Vital statistics of India. Vol. IV, Annual returns from 1871 to 1876. British Army of India, Native Army and jails of Bengal
Year: 1871
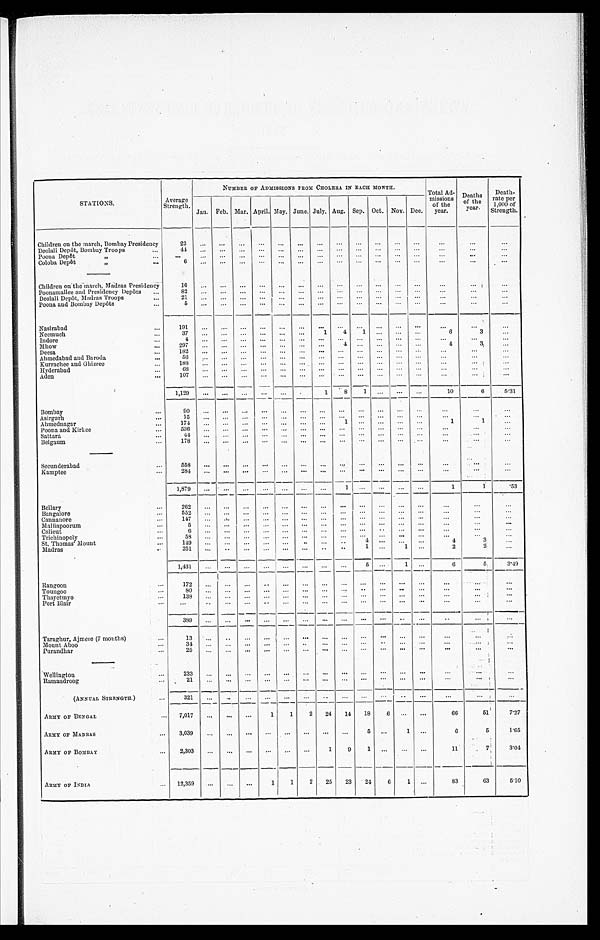
STATIONS.
Average
Strength.
NUMBER OF ADMISSIONS FROM CHOLERA IN EACH MONTH.
Total Ad-
missions
of the
year.
Deaths
of the
year.
Death-
rate per
1,000 of
Strength.
Jan. Feb. Mar. April. May. June. July. Aug. Sep. Oct. Nov. Dec.
Children on the march, Bombay Presidency
22
...
... ...
... ... ... ... ... ... ... ... ...
...
...
...
Deolali Depôt, Bombay Troops
...
4 ... ... ... ...
... ... ... ... ... ... ... ...
...
...
...
Poona Depôt
"
...
...
... ... ... ... ... ... ... ... ... ...
... ...
...
...
...
Coloba Depôt "
...
6 ... ... ... ...
... ... ... ... ... ... ... ... ...
...
...
—
Children on the march, Madras Presidency
16 ... ... ... ... ... ... ... ... ... ... ... ...
...
...
...
Poonamallee and Presidency Depôts ...
82 ... ... ... ...
... ... ...
... ... ... ... ...
...
...
...
Deolali Depôt, Madras Troops
...
21 ... ... ... ...
... ... ... ... ... ... ... ... ...
...
...
Poona and Bombay Depôts
...
5 ... ... ... ... ... ... ... ... ... ... ...
...
... ...
...
Nasirabad
...
191
. . . ... ... ...
... ... ... ... ...
... ... ...
...
...
...
Neemuch
...
37 ...
... ... ... ... ...
1 4
1 ... ... ...
6
3 ...
Indore
... 4
... ... ... ...
...
... ... ...
... ... ... ...
... ...
...
Mhow
...
297 ... ... ... ...
... ... ...
4 ... ... ... ...
4
3
...
Deesa
...
182 ... ... ... ...
... ... ... ... ... ... ... ...
...
...
...
Ahmedabad and Baroda
...
56 ...
... ...
... ... ... ... ... ... ... ... ... ...
...
...
Kurrachee and Ghizree
... 188
... ... ... ...
... ... ... ...
... ... ... ...
... ...
...
Hyderabad
... 68
... ...
... ... ...
... ... ... ... ... ... ...
...
...
...
Aden
...
107 ... ...
... ... ...
... ...
...
... ... ... ... ...
...
...
1,129 ... ... ... ...
... ...
1
8
1 ...
... ...
10
6
5..31
Bombay
...
90
... ... ... ...
... ... ... ... ... ...
... ...
...
...
...
Asirgarh
... 15 ... ... ... ...
... ... ...
... ... ... ... ... ...
...
...
Ahmednagar
...
174 ... ... ... ...
... ... ...
1 ... ... ... ...
1
1
...
Poona and Kirkee
...
536 ...
... ... ... ...
... ... ... ...
... ... ...
...
...
...
Sattara
...
41 ... ... ... ... ... ... ... ... ... ... ..... ...
... ...
...
Belgaum
...
178 ... ... ... ... ... .... ... ... ... .-... ... . ...
...
...
...
...
... ... ... ...
... ... ... ... ... ... ... ... ...
...
...
Secunderabad
...
558 ... ... ... ...
... ... ... ... ... ... ...
...
... ...
...
Kamptee
...
284
...
. . .
. . .
...
. . .
......
...
. . .
. . . ...
...
. . .
...
1,879
. . .
. . .
. . .
...
. . . . . . ...
1
. . .
...
. . .
1
1
.53
Bellary
. . .
262
...
. . .
. . . .
...
. . .
. . ....
. . . . . .
. . . ...
. . .
. . .
. . .
. . . .
Bangalore
...
552
...
. . .
. . .
. . . ... ...
. . . ... . . . .
. . . ... ...
...
...
. . .
Cannanore
...
147 ...
. . .
. . .
. . . ... ...
. . . ... ... ... ... ...
...
. . . .
. . .
Malliapoorum
...
5
...
. . .
. . .
...
. . . ......
...
. . .
. . . ...
. . .
...
. . .
. . .
Calicut
..
6
...
. . .
. . .
...
. . . ......
...
. . .
. . . ...
. . .
...
...
...
Trichinopoly
...
53
...
. . .
. . .
...
. . . ......
...
. . . ...
... ...
...
. . .
...
St. Thomas' Mount
...
149
...
. . .
. . .
...
. . . .... ...
...
4 ... ... ....
4
3
...
Madras
...
251 ... ... ... ...
... ... ...
...
1 ...
1 ...
2
2
...
...
1,431
... ... ...
... ... ... ... ... 5 ...
1 ...
6
5
3.49
Rangoon
...
172
... ... ... ...
... ... ... ...
. . . ... ...
...
...
...
Toungoo
... 80
... ... ... ...
... ... ... ... ... ... ... ... ...
...
...
Thayetmyo
...
138 ...
... ... ...
. . . . ... ... ... ... ... ... ...
...
...
...
Port Blair
...
...
... ... ....
... ... ... ... ... ... ... ...
...
... ...
...
389 ... ... ... ...
... ...
... ...
... ... ..
...
..
... ...
Taraghur, Ajmere (7 months)
...
13 ...
..
... ... ... ... ... ... ... ... ... ...
...
...
...
Mount Aboo
...
31 ...
... ... ... ... ..
... ... ... ...
...
...
...
....
...
Purandhar
...
25 ... ... ... ...
... ... ... ... ... ... ... ...
...
...
...
Wellington
... 233
... ... ... ...
... ... ... ... ...
... ...
...
...
...
Ramandroog
...
21
...
... ... ... ... ... ... ... ... ... ... ...
...
...
...
...
(ANNUAL STRENGTH.)
...
321 ...
...
... ... ... ...
..
... ... ...
... ...
...
...
...
ARMY OF BENGAL
... 7,017 ... ... ...
1
1
1
2 24 14 18
6 ... ...
66
51
7.27
ARMY oFMADRAS
... 3,039 ... ... ... ...
... ... ... ...
5 ...
1 ...
6
5
1.65
ARMY OFOMBAY
... 2,303 ... ... ... ...
... ...
1
9 ... ... ... ...
11
7
3.04
ARMY OF INDIA
... 12,359 ... ... ...
1
1
2 25 23 24
6
1 ...
83
63
5.10